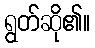
ရွတ်ဆို၏။